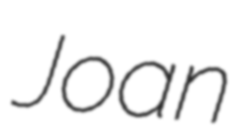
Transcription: Joan